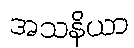
အသနိယာ